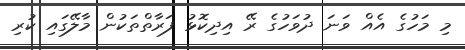
މި މަހުގެ އެއް ވަނަ ދުވަހުގެ ރޭ އިދިކޮޅު ފަރާތްތަކުން މާލޭގައި ކުރި